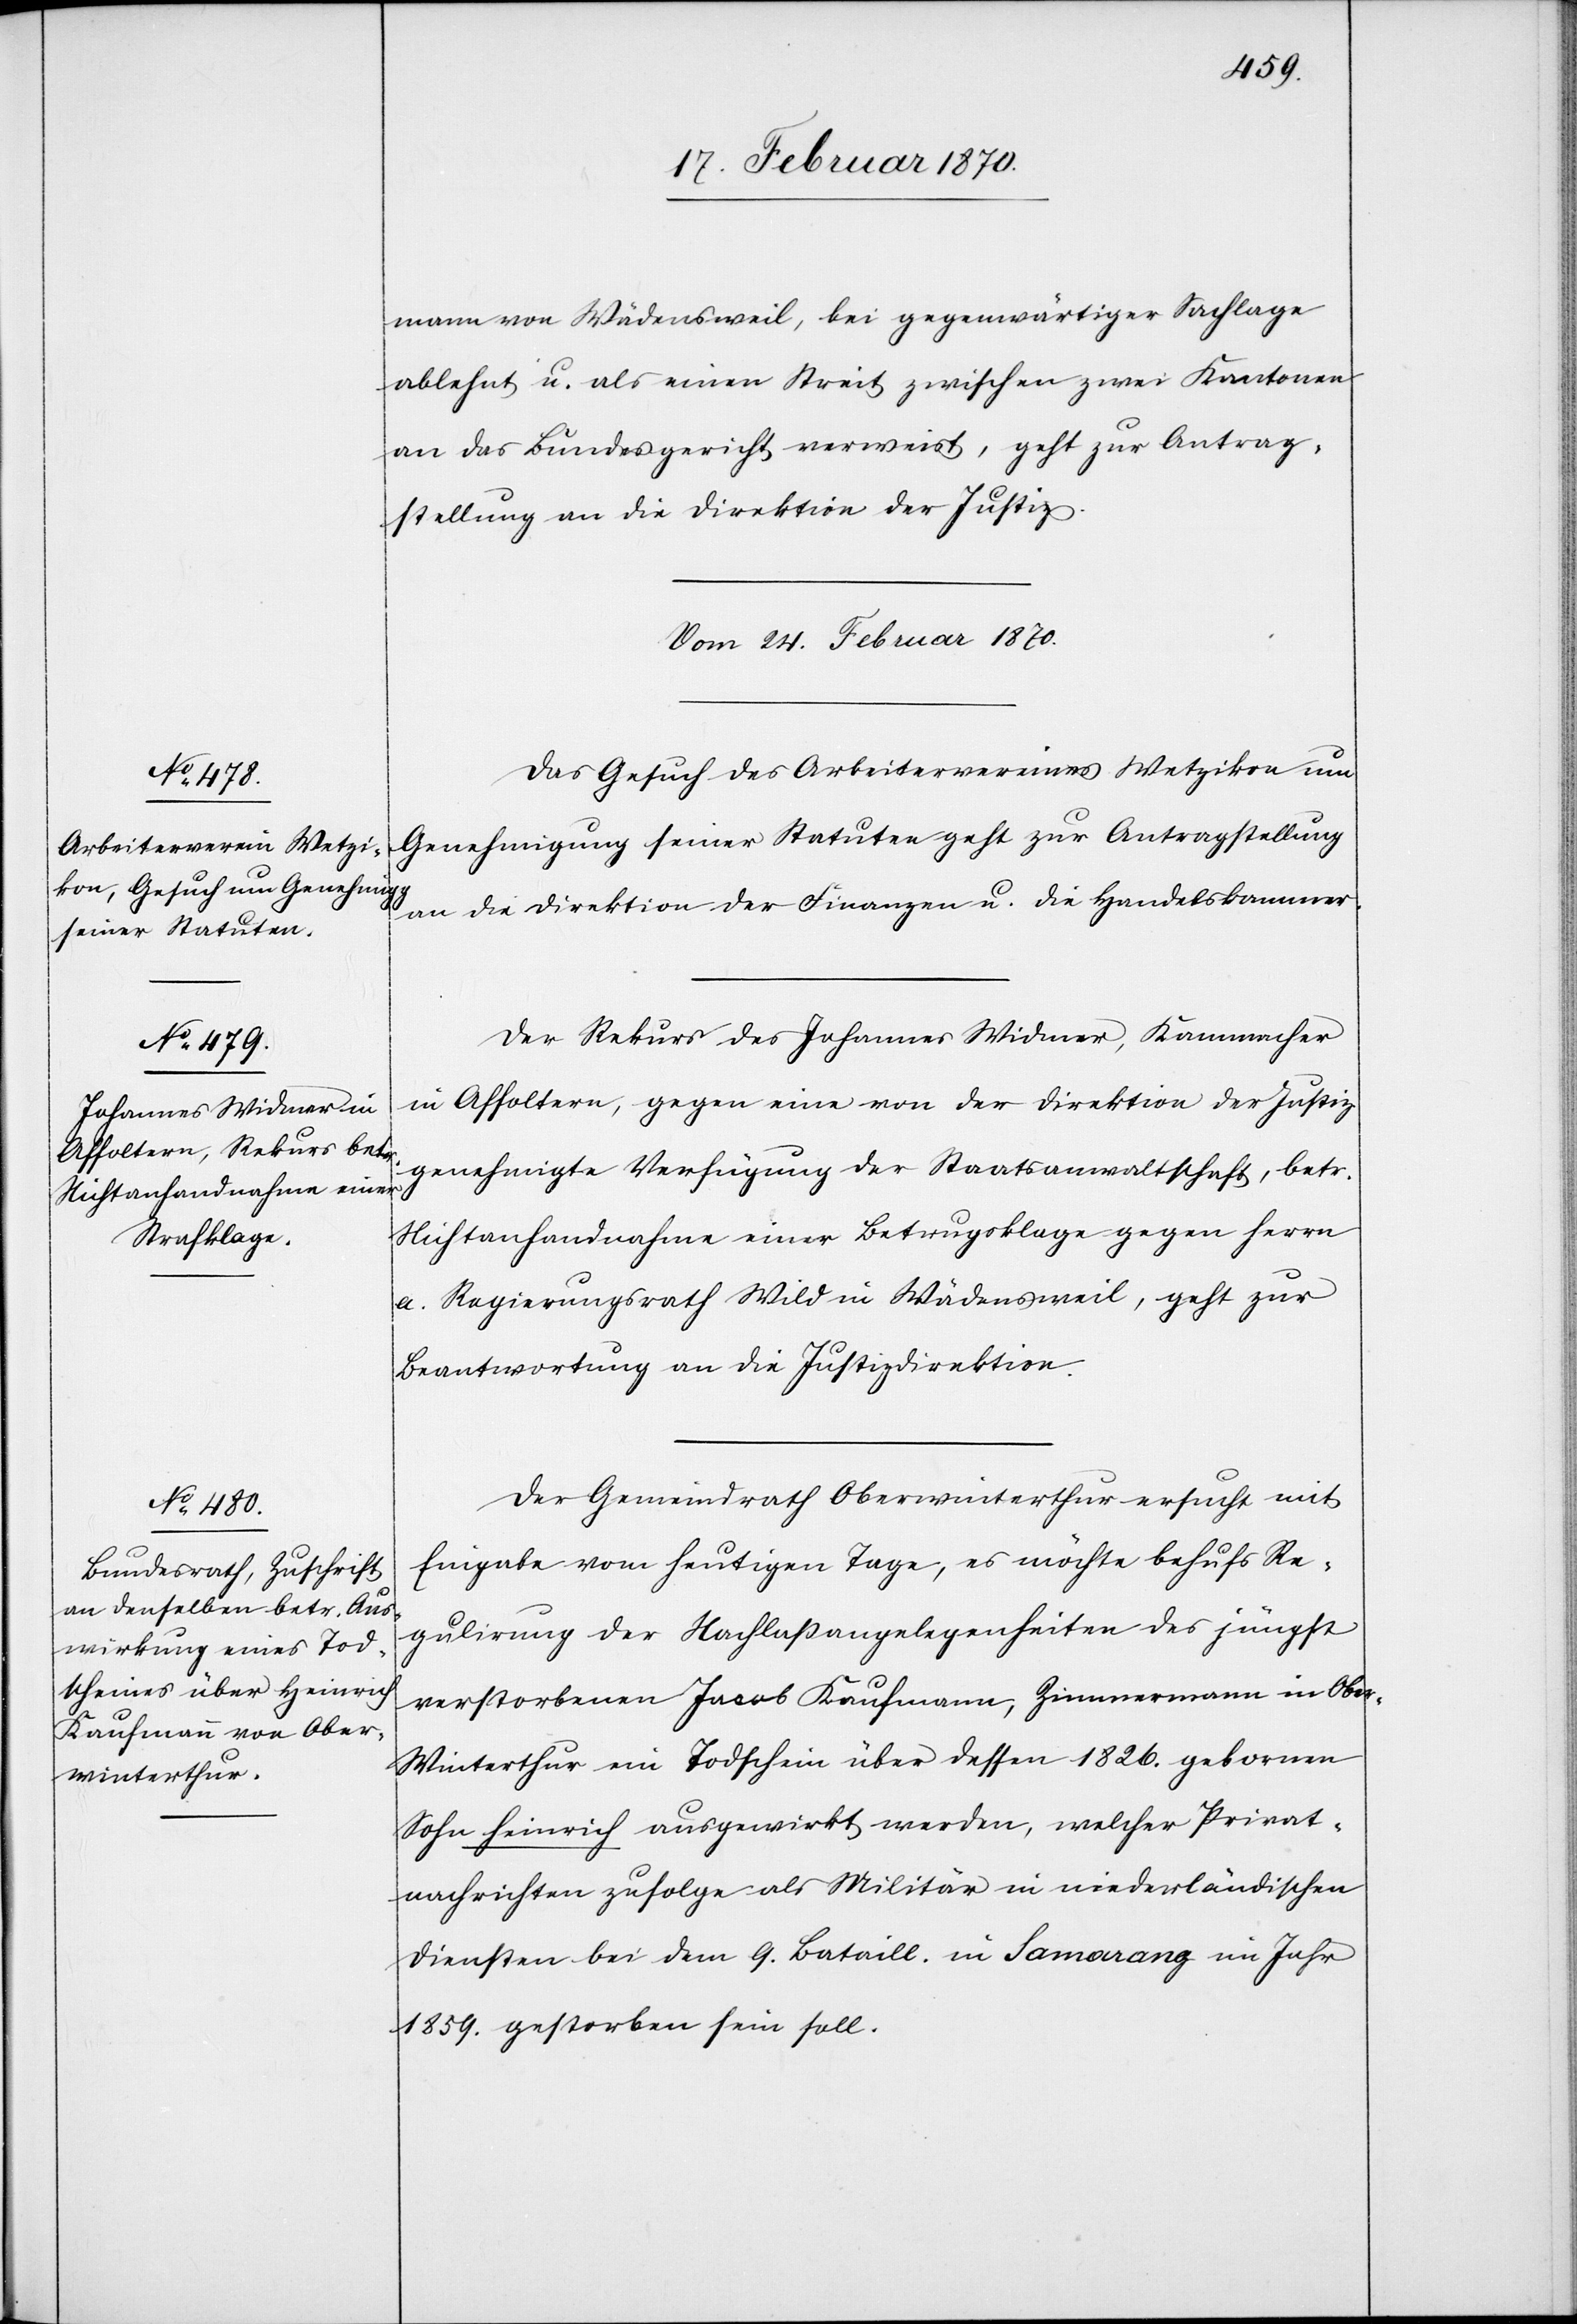
mann von Wädensweil, bei gegenwärtiger Sachlage
ablehnt u. als einen Streit zwischen zwei Kantonen
an das Bundesgericht verweist, geht zur Antrag¬
stellung an die Direktion der Justiz.
Vom 24. Februar 1870.]
Das Gesuch des Arbeitervereines Wetzikon um
Genehmigung seiner Statuten geht zur Antragstellung
an die Direktion der Finanzen u. die Handelskammer.
Der Rekurs des Johannes Widmer, Kammacher
in Affoltern, gegen eine von der Direktion der Justiz
genehmigte Verfügung der Staatsanwaltschaft, betr.
Nichtanhandnahme einer Betrugsklage gegen Herrn
a. Regierungsrath Wild in Wädensweil, geht zur
Beantwortung an die Justizdirektion.
Der Gemeindrath Oberwinterthur ersucht mit
Eingabe vom heutigen Tage, es möchte behufs Re¬
gulirung der Nachlaßangelegenheiten des jüngst
verstorbenen Jacob Kaufmann, Zimmermann in Obe¬
r-Winterthur ein Todschein über dessen 1826. gebornen
Sohn Heinrich ausgewirkt werden, welcher Privat¬
nachrichten zufolge als Militär in niederländischen
Diensten bei dem 9. Bataill. in Samarang im Jahr
1859. gestorben sein soll.